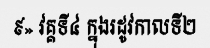
៩» វគ្គទី៤ ក្នុងរដូវកាលទី២